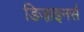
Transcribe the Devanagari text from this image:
डिजा़इनर्स